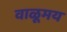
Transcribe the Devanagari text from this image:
वाळूमय